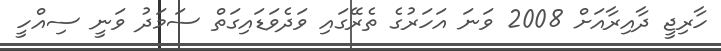
ހާރިޖީ ދާއިރާއަށް 2008 ވަނަ އަހަރުގެ ތެރޭގައި ވަދެވަޑައިގަތް ސަމަދު ވަނީ ސިއްހީ